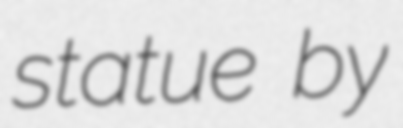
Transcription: statue by